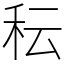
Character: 秐